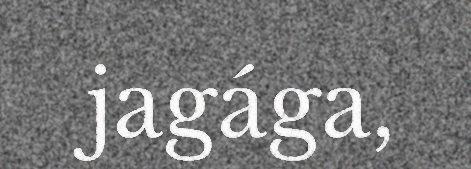
jagága,